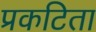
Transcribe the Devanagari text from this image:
प्रकटिता